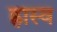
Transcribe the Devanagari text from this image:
ह्रास्व